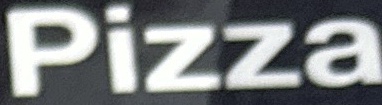
Pizza